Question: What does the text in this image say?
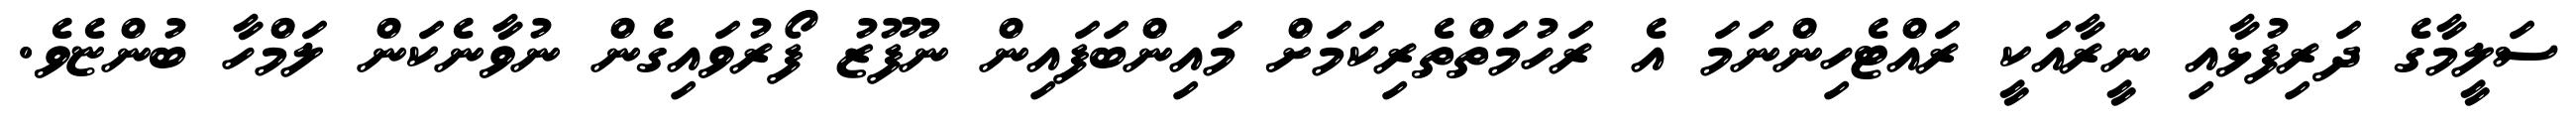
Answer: ސަލީމާގެ ދަރިފުޅާއި ނީރާއަކީ ރައްޓެހިންނަމަ އެ ރަހުމަތްތެރިކަމަށް މައިންބަފައިން ނުފޫޒު ފޯރުވައިގެން ނުވާނެކަން ލަމްހާ ބުންޏެވެ.